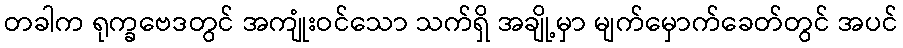
တခါက ရုက္ခဗေဒတွင် အကျုံးဝင်သော သက်ရှိ အချို့မှာ မျက်မှောက်ခေတ်တွင် အပင်